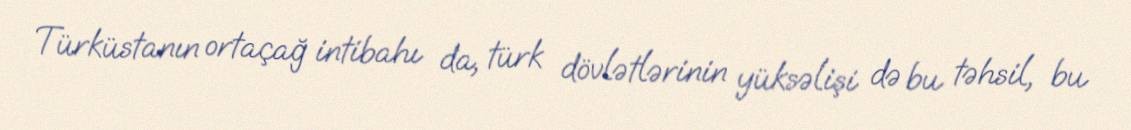
Türküstanın ortaçağ intibahı da, türk dövlətlərinin yüksəlişi də bu təhsil, bu